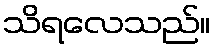
သိရလေသည်။